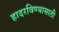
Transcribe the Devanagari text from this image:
हादरविण्यासाठी